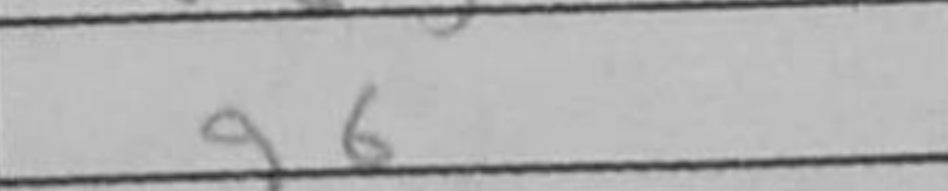
Transcription: g6